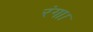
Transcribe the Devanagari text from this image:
रंगा।